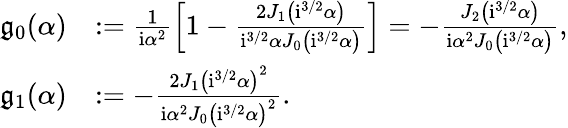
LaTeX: \begin{array}{rl}{\mathfrak{g}_{0}({\alpha})}&{:=\frac{1}{\mathrm{i}\alpha^{2}}\left[1-\frac{2J_{1}\left(\mathrm{i}^{3/2}{\alpha}\right)}{\mathrm{i}^{3/2}{\alpha}J_{0}\left(\mathrm{i}^{3/2}\alpha\right)}\right]=-\frac{J_{2}\left(\mathrm{i}^{3/2}\alpha\right)}{\mathrm{i}\alpha^{2}J_{0}\left(\mathrm{i}^{3/2}\alpha\right)},}\\ {\mathfrak{g}_{1}({\alpha})}&{:=-\frac{2J_{1}\left(\mathrm{i}^{3/2}\alpha\right)^{2}}{\mathrm{i}\alpha^{2}J_{0}\left(\mathrm{i}^{3/2}\alpha\right)^{2}}.}\end{array}